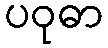
ပဝုဓာ